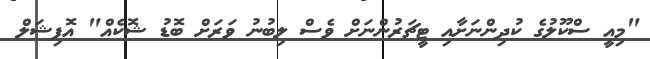
"މިއީ ސްކޫލުގެ ކުދިންނަށާއި ޓީޗަރުންނަށް ވެސް ލިބުނު ވަރަށް ބޮޑު ޝޮކެއް" އޮފިޝަލް